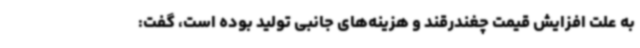
به علت افزایش قیمت چغندرقند و هزینه‌های جانبی تولید بوده است، گفت: